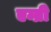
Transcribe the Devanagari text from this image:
एम्ब्री